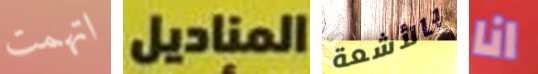
اتهمت المناديل بالأشعة انا